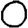
Digit: 0